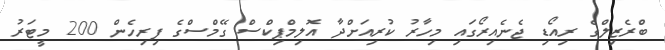
ބްރެޒިލްގެ ރިއޯޑި ޖެނެއިރޯގައި މިހާރު ކުރިއަށްދާ އޮލިމްޕިކްސް ގޭމްސްގެ ފިރިހެން 200 މީޓަރު